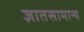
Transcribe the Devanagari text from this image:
ज्ञातसामान्य